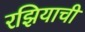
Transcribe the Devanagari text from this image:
रझियाची